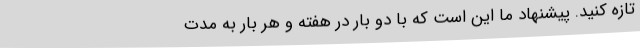
تازه کنید. پیشنهاد ما این است که با دو بار در هفته و هر بار به مدت